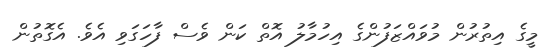
މީގެ އިތުރުން މުވައްޒަފުންގެ އިހުމާލު އޮތް ކަން ވެސް ފާހަގަވި އެވެ. އެގޮތުން